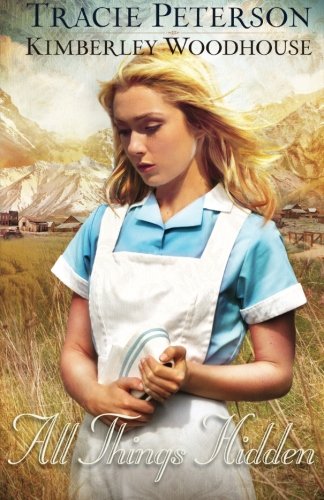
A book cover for All Things Hidden; Tracie Peterson; Romance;